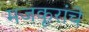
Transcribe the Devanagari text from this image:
मजकूरांचे